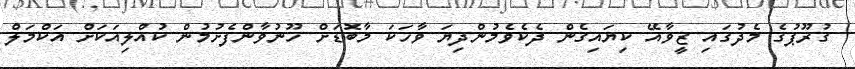
ގުރޫޕުގެ މެދުގައި ޒީވާއޭ ކިޔައިގެން ދެކެވެމުންދިޔަ ވާހަކަ މާބޮޑަށް ހޫނުވާންފެށުމުން ކުއްލިއަކަށް އަކްމަލް